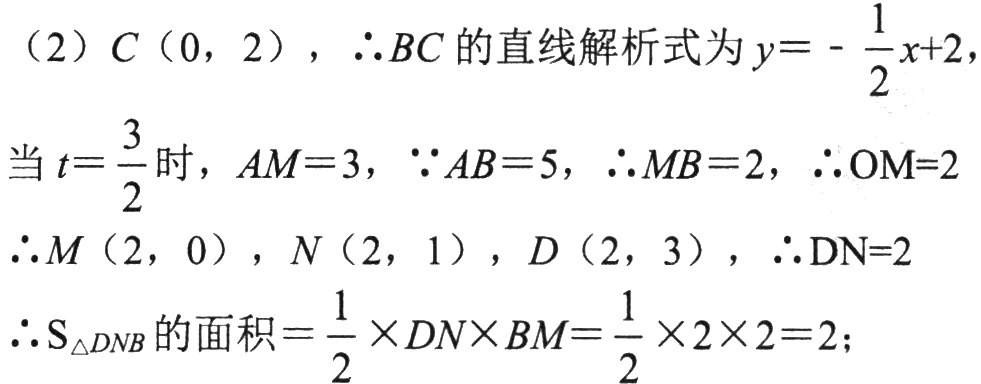
（2）\(C(0,2)\)，\(\therefore BC\)的直线解析式为\(y = -\frac{1}{2}x + 2\)，
当\(t = \frac{3}{2}\)时，\(AM = 3\)，\(\because AB = 5\)，\(\therefore MB = 2\)，\(\therefore OM = 2\)
\(\therefore M(2,0)\)，\(N(2,1)\)，\(D(2,3)\)，\(\therefore DN = 2\)
\(\therefore S_{\triangle DNB}\)的面积\(=\frac{1}{2} \times DN\times BM=\frac{1}{2} \times 2\times 2 = 2\)；